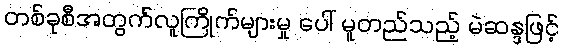
တစ်ခုစီအတွက်လူကြိုက်များမှု ပေါ် မူတည်သည့် မဲဆန္ဒဖြင့်